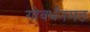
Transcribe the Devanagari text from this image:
गोवर्धनमठ